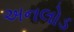
અનલોડ